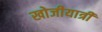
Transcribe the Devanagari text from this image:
खोजीयात्री